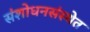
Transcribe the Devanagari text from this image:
संशोधनसंस्थेत